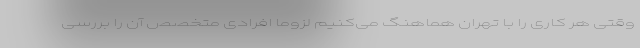
وقتی هر کاری را با تهران هماهنگ می‌کنیم لزوما افرادی متخصص آن را بررسی